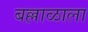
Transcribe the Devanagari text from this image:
बल्लाळाला